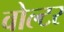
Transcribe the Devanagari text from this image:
वोल्टर